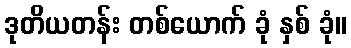
ဒုတိယတန်း တစ်ယောက် ခုံ နှစ် ခုံ။